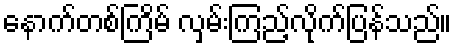
နောက်တစ်ကြိမ် လှမ်းကြည့်လိုက်ပြန်သည်။